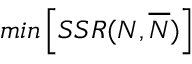
m i n \left[ S S R ( N , \overline { { N } } ) \right]